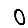
Digit: 0